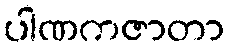
ပါဏကဇာတာ